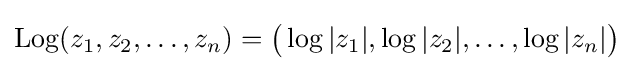
\operatorname {Log} (z_{1},z_{2},\dots ,z_{n})={\big (}\log |z_{1}|,\log |z_{2}|,\dots ,\log |z_{n}|{\big )}